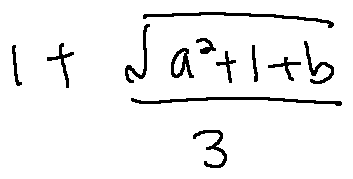
1 + \frac { \sqrt { a ^ { 2 } + 1 + b } } { 3 }